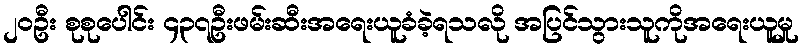
၂၀ဦး စုစုပေါင်း ၄၃၇ဦးဖမ်းဆီးအရေးယူခံခဲ့ရသလို အပြင်သွားသူကိုအရေးယူမှု